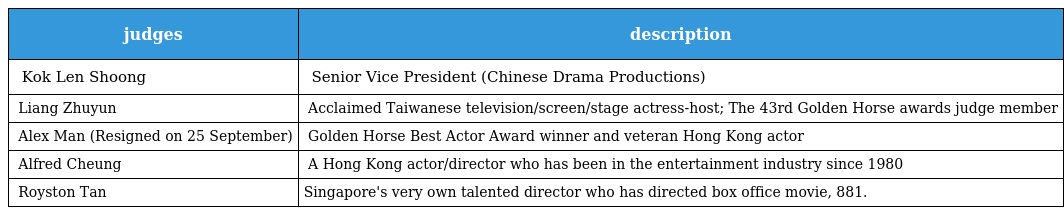
| judges | description |
 | --- | --- |
 | 郭令送 Kok Len Shoong | 新传媒华文戏剧制作部高级副总裁 Senior Vice President (Chinese Drama Productions) |
 | 郎祖筠 Liang Zhuyun | 台湾著名艺人 Acclaimed Taiwanese television/screen/stage actress-host; The 43rd Golden Horse awards judge member |
 | 万梓良 Alex Man (Resigned on 25 September) | 曾经获得金马奖影帝荣衔的资深艺人 Golden Horse Best Actor Award winner and veteran Hong Kong actor |
 | 张坚庭 Alfred Cheung | 香港著名的电影电视编剧、导演、制片兼演员 A Hong Kong actor/director who has been in the entertainment industry since 1980 |
 | 陈子谦 Royston Tan | Singapore's very own talented director who has directed box office movie, 881. |